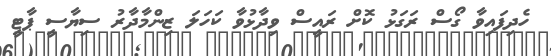
ހެދިފައިވާ ގޯސް ރަގަޅު ކޮށް ރައީސް ވިދާޅުވާ ކަހަލަ ޒިންމާދާރު ސިޔާސީ ޕާޓީ